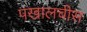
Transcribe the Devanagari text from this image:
पखालचीस